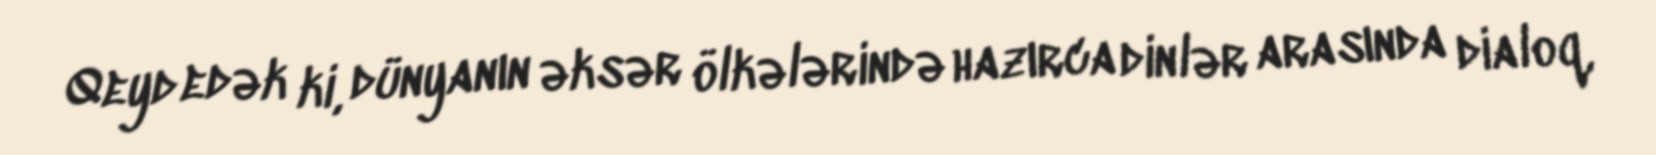
Qeyd edək ki, dünyanın əksər ölkələrində hazırca dinlər arasında dialoq,